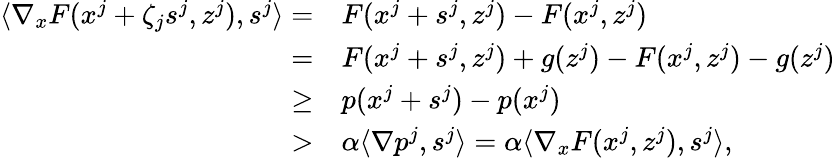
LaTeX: \begin{array}{rl}{\langle\nabla_{x}F(x^{j}+\zeta_{j}s^{j},z^{j}),s^{j}\rangle=}&{F(x^{j}+s^{j},z^{j})-F(x^{j},z^{j})}\\ {=}&{F(x^{j}+s^{j},z^{j})+g(z^{j})-F(x^{j},z^{j})-g(z^{j})}\\ {\geq}&{p(x^{j}+s^{j})-p(x^{j})}\\ {>}&{\alpha\langle\nabla p^{j},s^{j}\rangle=\alpha\langle\nabla_{x}F(x^{j},z^{j}),s^{j}\rangle,}\end{array}